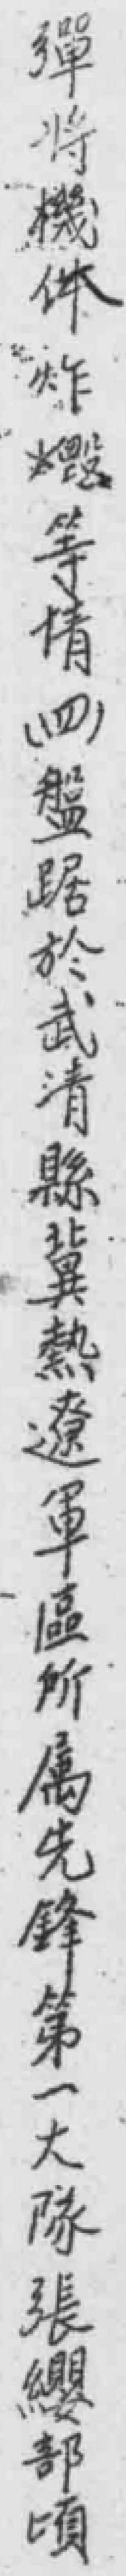
彈將機体炸燬等情（四）盤踞於武清縣冀熱遼軍區所屬先鋒第一大隊張纓部頃